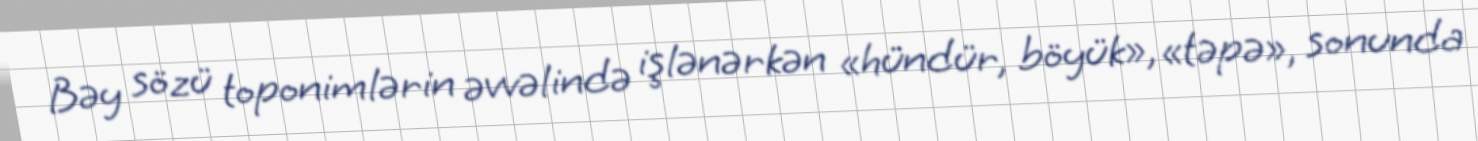
Bəy sözü toponimlərin əvvəlində işlənərkən «hündür, böyük», «təpə», sonunda